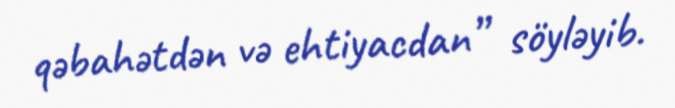
qəbahətdən və ehtiyacdan” söyləyib.